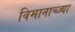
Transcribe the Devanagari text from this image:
विमानाच्ज्या